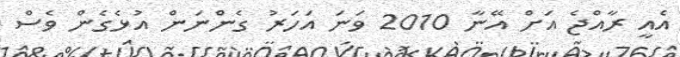
އެއީ ރާއްޖެ އަށް އޭނާ 2010 ވަނަ އަހަރު ގެންނަން އުޅެގެން ވެސް